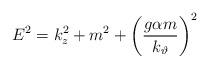
LaTeX: \begin{align*}E^2=k_z^2+m^2+\left( \frac{g\alpha m}{k_\vartheta }\right) ^2\end{align*}